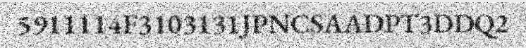
5911114F3103131JPNCSAADPT3DDQ2